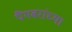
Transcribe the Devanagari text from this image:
पैंगबरांच्या